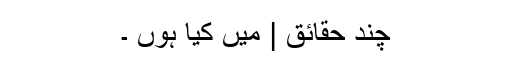
چند حقائق | میں کیا ہوں ۔